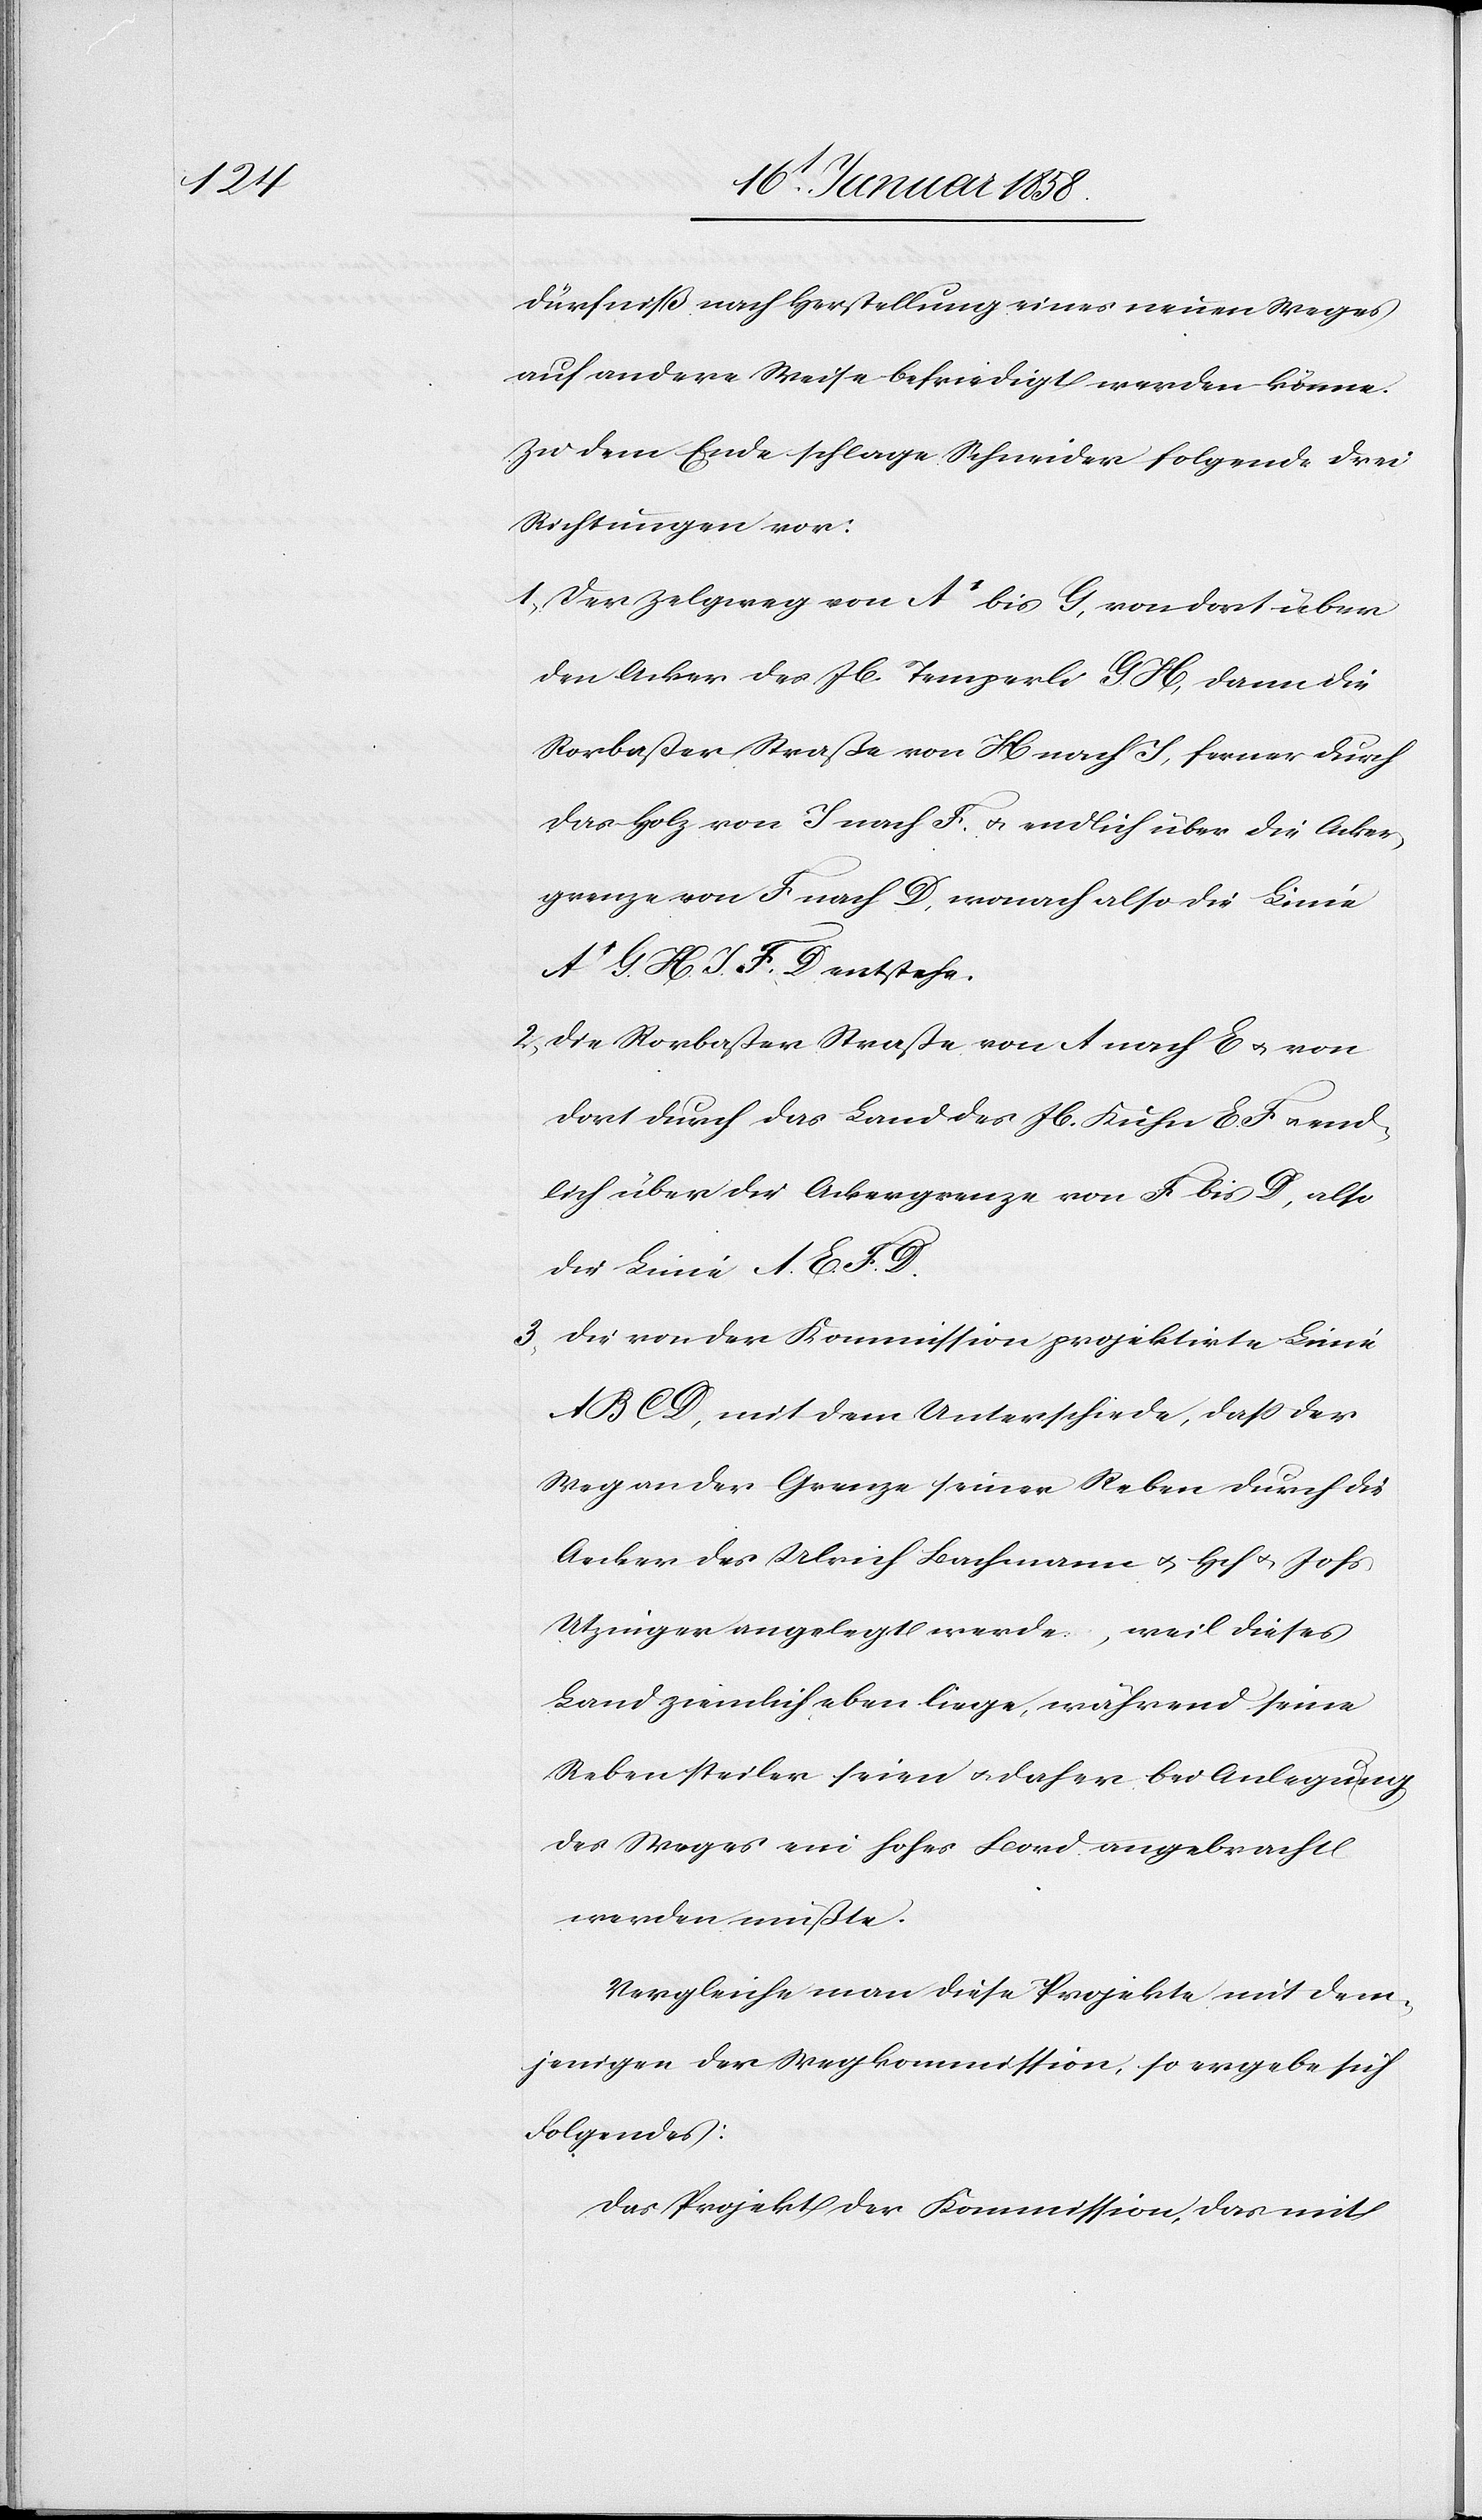
dürfniß nach Herstellung eines neuen Weges
auf andere Weise befriedigt werden könne.
Zu dem Ende schlage Schneider folgende drei
Richtungen vor:
1. Der Zelgweg von A’ bis G, von dort über
den Acker des Jb. Temperli, G H, dann die
Rorbaßer Straße von H nach J, ferner durch
das Holz von J nach F u. endlich über die Acker¬
grenze von F nach D, wonach also die Linie
A’ G. H. J. F. D entstehe.
2. Die Rorbaßer Straße von A nach E u. von
dort durch das Land des Jb. Kuhn E F u. end¬
lich über die Ackergrenze von F bis D, also
die Linie A. E. F. D.
3. Die von der Kommission projektirte Linie
A B C D, mit dem Unterschiede, daß der
Weg an der Grenze seiner Reben durch die
Aecker des Ulrich Bachmann u. Hch u. Johs
Utzinger angelegt werde, weil dieses
Land ziemlich eben liege, während seine
Reben steiler seien u. daher bei Anlegung
des Weges ein hohes Bord angebracht
werden müßte.
Vergleiche man diese Projekte mit dem¬
jenigen der Wegkommission, so ergebe sich
Folgendes:
Das Projekt der Kommission, das mit